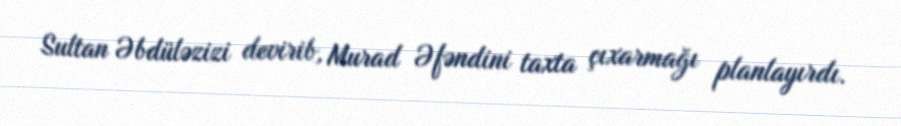
Sultan Əbdüləzizi devirib, Murad Əfəndini taxta çıxarmağı planlayırdı.